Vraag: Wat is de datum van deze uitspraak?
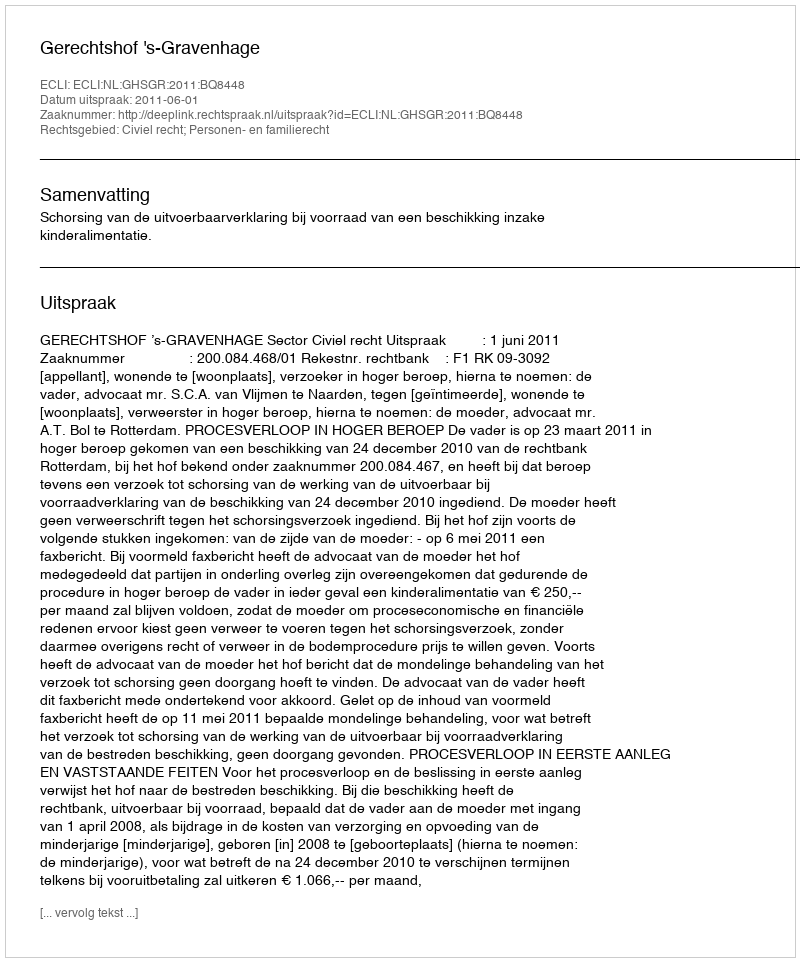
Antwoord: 2011-06-01